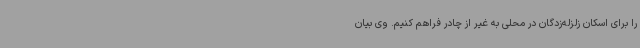
را برای اسکان زلزله‌زدگان در محلی به غیر از چادر فراهم کنیم. وی بیان